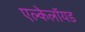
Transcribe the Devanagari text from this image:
एल्केलॉयड